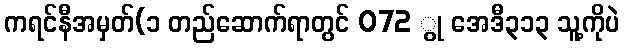
ကရင်နီအမှတ်(၁ တည်ဆောက်ရာတွင် 072 ွု အေဒီ၃၁၃ သူ့ကိုပဲ